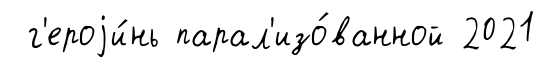
г'ероjи́нь парал'изо́ванной 2021